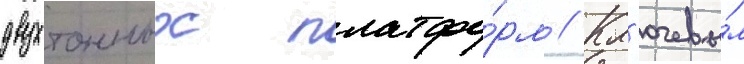
двухтонных платфо́рм // Кл'ючевы́м